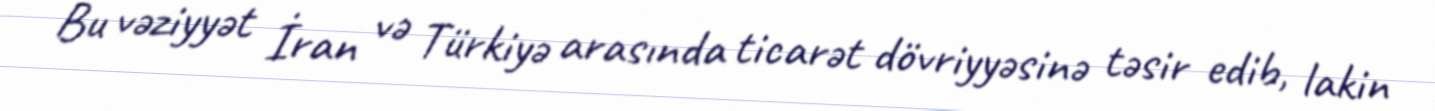
Bu vəziyyət İran və Türkiyə arasında ticarət dövriyyəsinə təsir edib, lakin